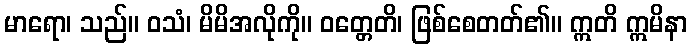
မာရော၊ သည်။ ဝသံ၊ မိမိအလိုကို။ ဝတ္တေတိ၊ ဖြစ်စေတတ်၏။ ဣတိ ဣမိနာ